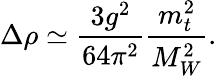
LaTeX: \Delta\rho\simeq\frac{3g^{2}}{64\pi^{2}}\frac{m_{t}^{2}}{M_{W}^{2}}.